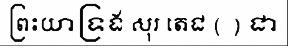
ព្រះយាទ្រង សុរ តេជ ( ) ជា